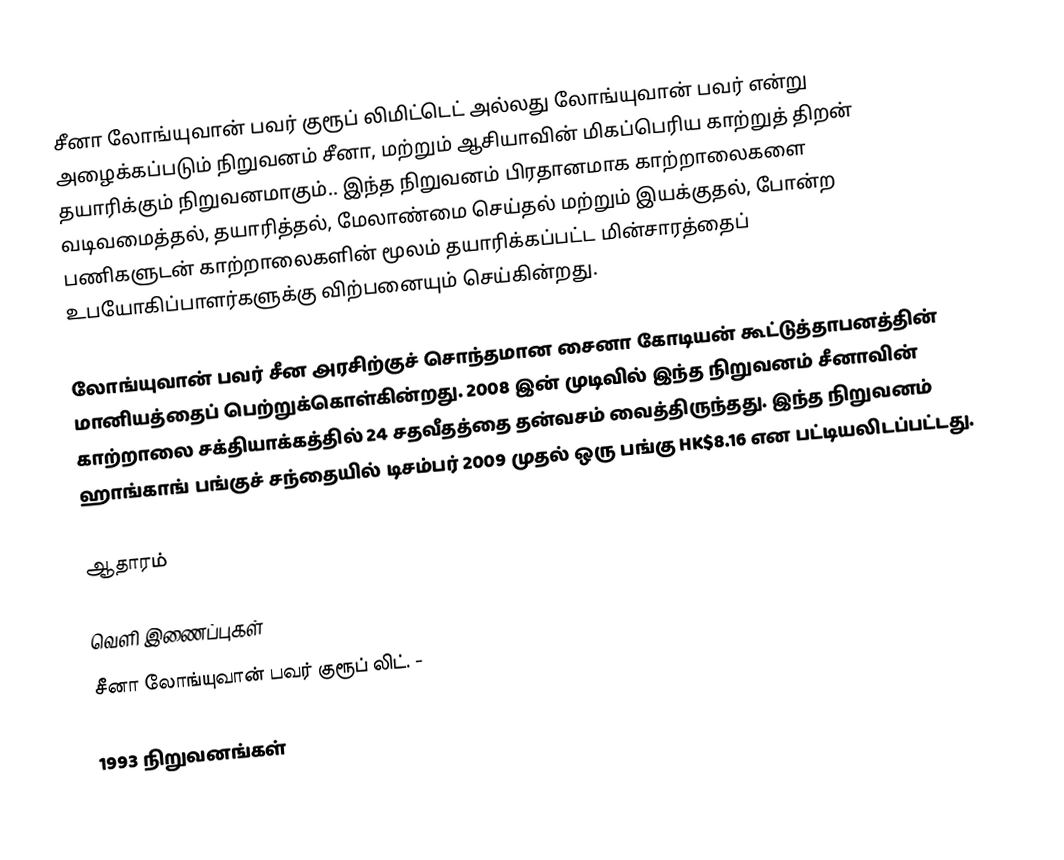
சீனா லோங்யுவான் பவர் குரூப் லிமிட்டெட் அல்லது லோங்யுவான் பவர் என்று அழைக்கப்படும் நிறுவனம் சீனா, மற்றும் ஆசியாவின் மிகப்பெரிய காற்றுத் திறன் தயாரிக்கும் நிறுவனமாகும்.. இந்த நிறுவனம் பிரதானமாக காற்றாலைகளை வடிவமைத்தல், தயாரித்தல், மேலாண்மை செய்தல் மற்றும் இயக்குதல், போன்ற பணிகளுடன் காற்றாலைகளின் மூலம் தயாரிக்கப்பட்ட மின்சாரத்தைப் உபயோகிப்பாளர்களுக்கு விற்பனையும் செய்கின்றது.

லோங்யுவான் பவர் சீன அரசிற்குச் சொந்தமான சைனா கோடியன் கூட்டுத்தாபனத்தின் மானியத்தைப் பெற்றுக்கொள்கின்றது. 2008 இன் முடிவில் இந்த நிறுவனம் சீனாவின் காற்றாலை சக்தியாக்கத்தில் 24 சதவீதத்தை தன்வசம் வைத்திருந்தது. இந்த நிறுவனம் ஹாங்காங் பங்குச் சந்தையில் டிசம்பர் 2009 முதல் ஒரு பங்கு HK$8.16 என பட்டியலிடப்பட்டது.

ஆதாரம்

வெளி இணைப்புகள்
சீனா லோங்யுவான் பவர் குரூப் லிட்.  -

1993 நிறுவனங்கள்